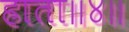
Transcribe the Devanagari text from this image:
हाता॥४॥